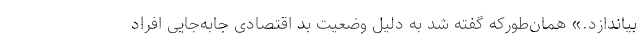
بیاندازد.» همان‌طورکه گفته شد به دلیل وضعیت بد اقتصادی جابه‌جایی افراد